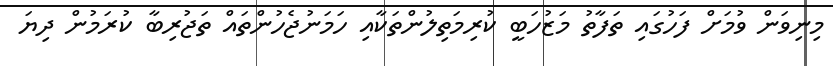
މިނިވަން ވުމަށް ފަހުގައި ތަފާތު މަޒުހަބީ ކުރިމަތިލުންތަކާއި ހަމަނުޖެހުންތައް ތަޖުރިބާ ކުރަމުން ދިޔަ